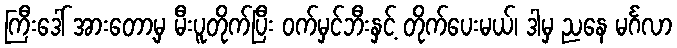
ကြီးဒေါ် အားတော့မှ မီးပူတိုက်ပြီး ဝက်မှင်ဘီးနှင့် တိုက်ပေးမယ်၊ ဒါမှ ညနေ မင်္ဂလာ